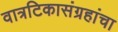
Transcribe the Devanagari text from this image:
वात्रटिकासंग्रहांचा